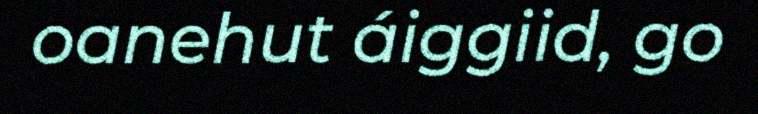
oanehut áiggiid, go